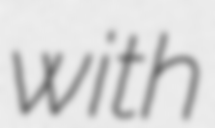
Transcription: with